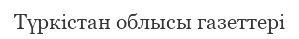
Түркістан облысы газеттері